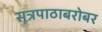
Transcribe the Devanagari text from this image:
सूत्रपाठाबरोबर